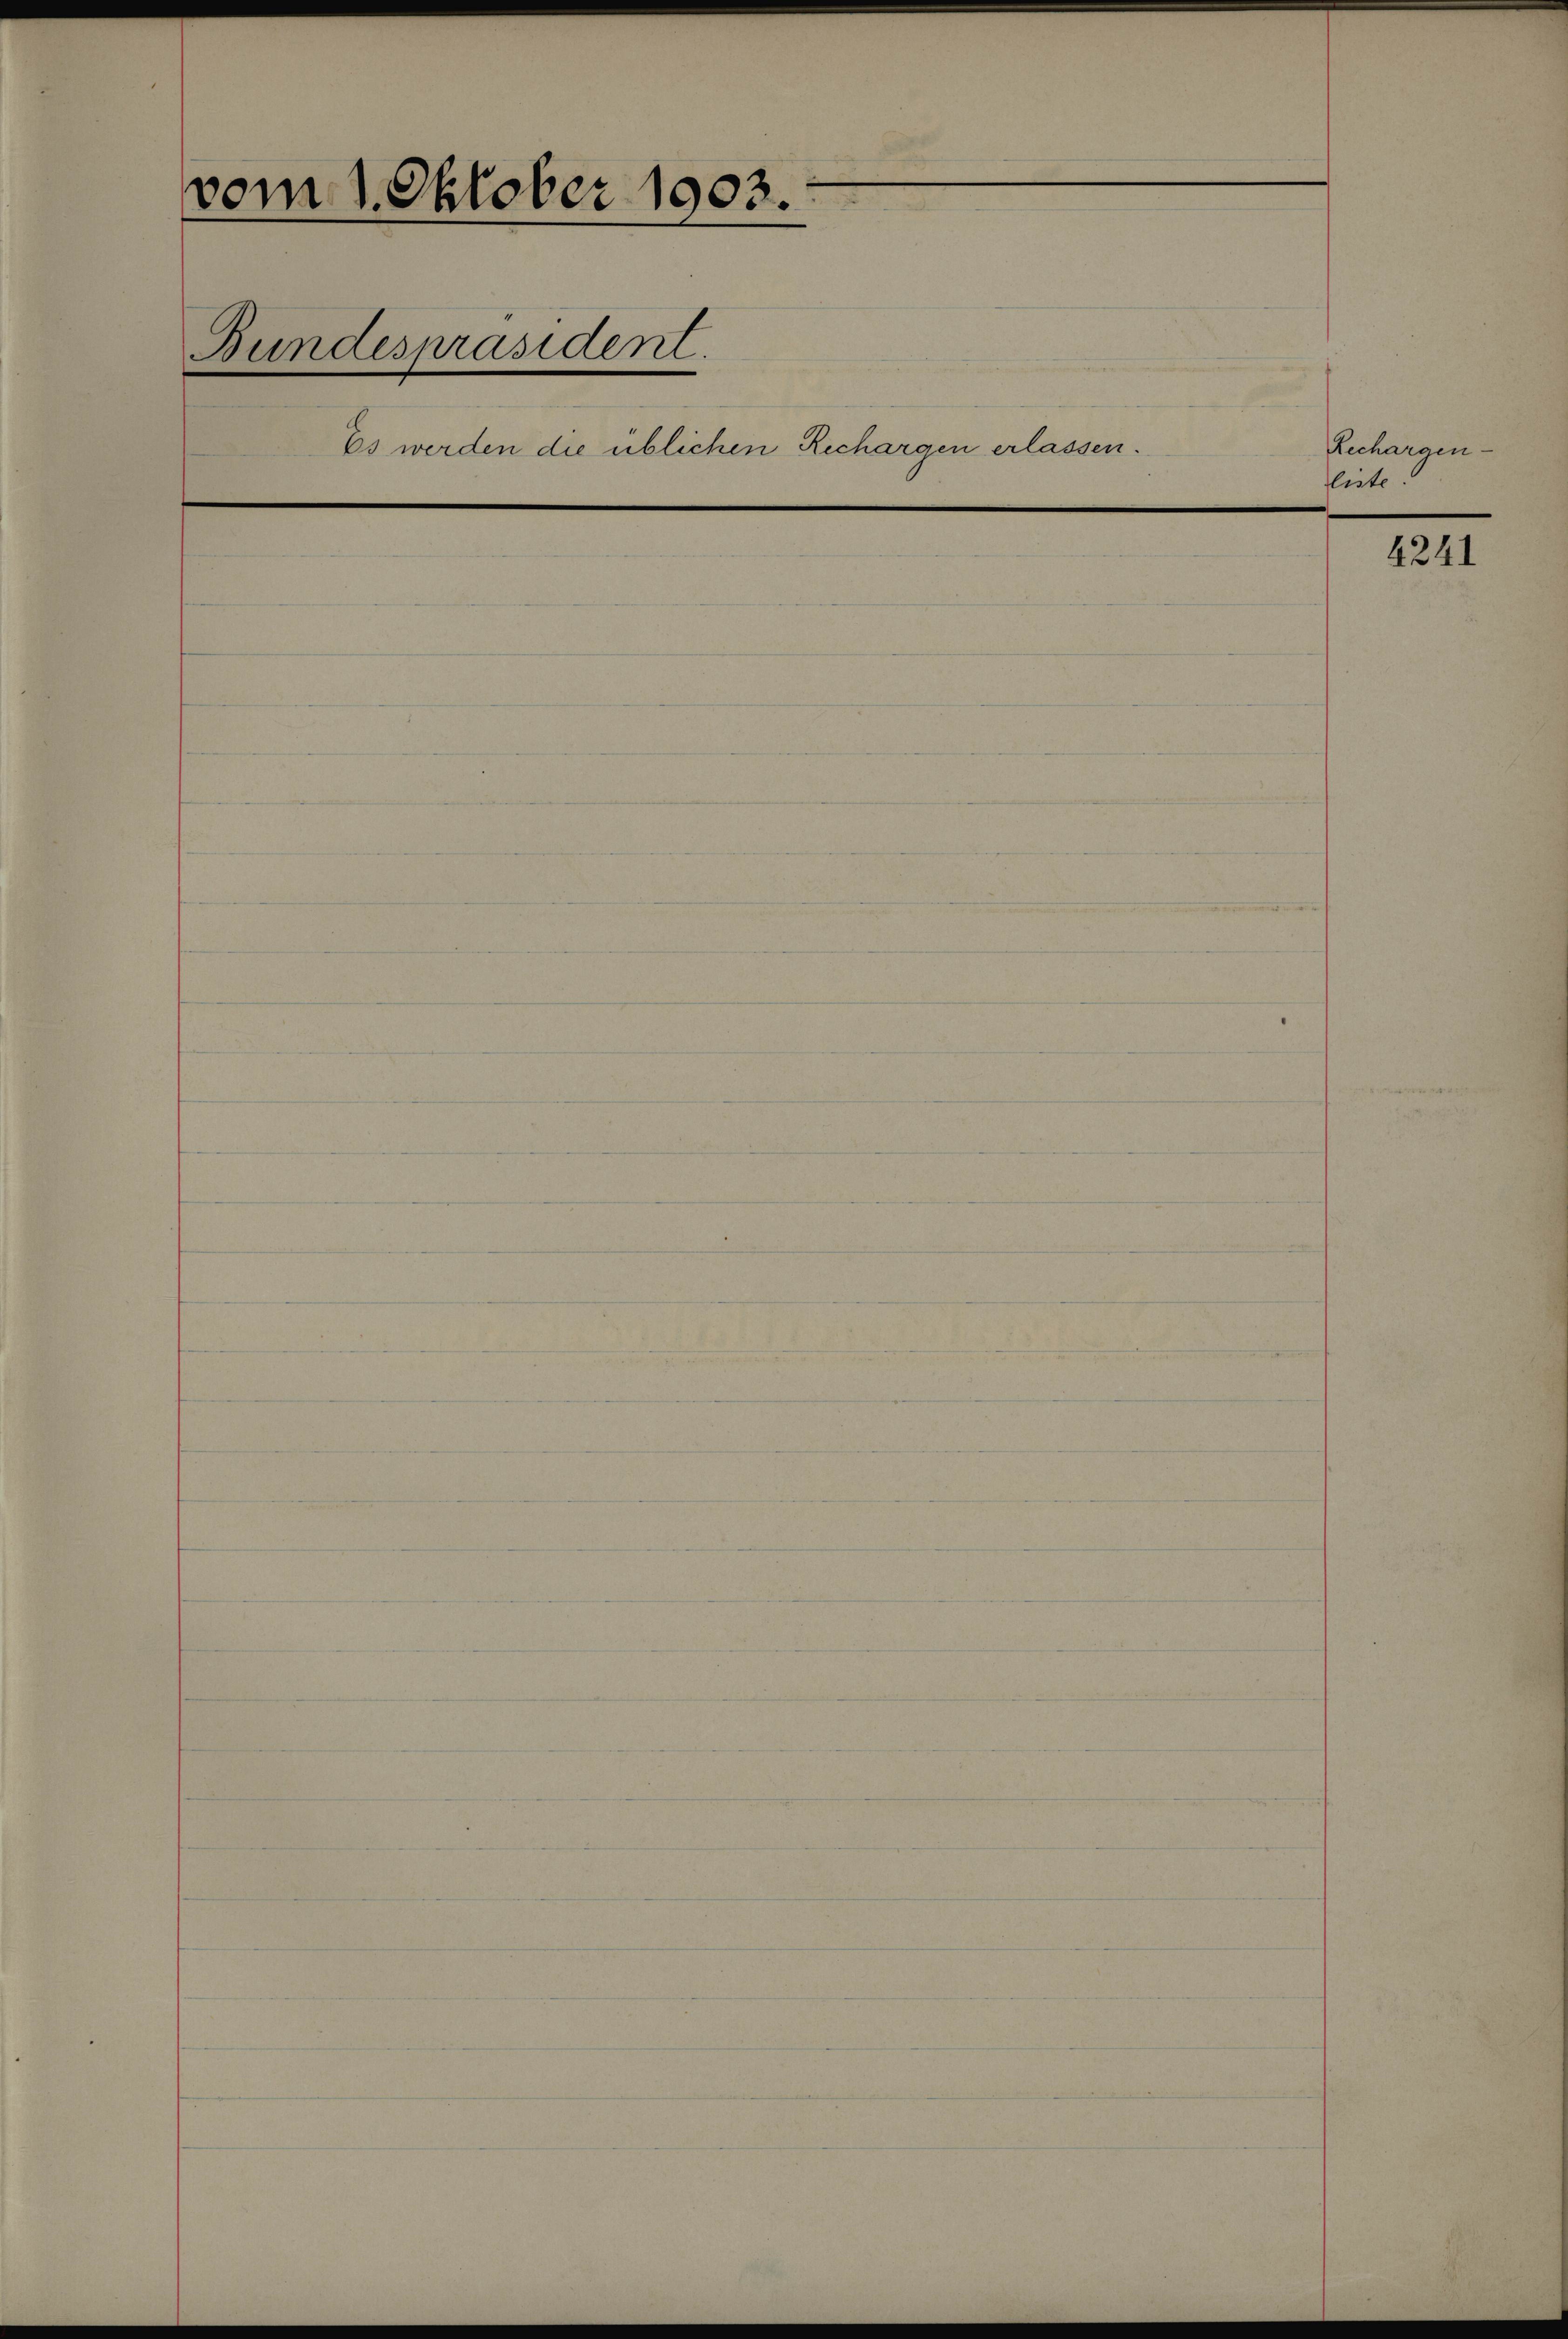
vom 1. Oktober 1903.
Bundespräsident.
5
Es werden die üblichen Rechargen erlassen.

Anchargen
liste

4241